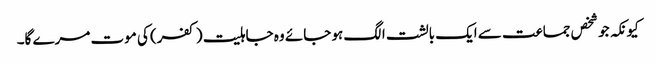
کیونکہ جو شخص جماعت سے ایک بالشت الگ ہو جائے وہ جاہلیت (کفر) کی موت مرے گا۔